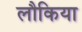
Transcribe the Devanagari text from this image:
लौकिया